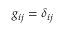
g _ { i j } = \delta _ { i j }